Piroplasma canis and its life cycle in the tick - Number 29
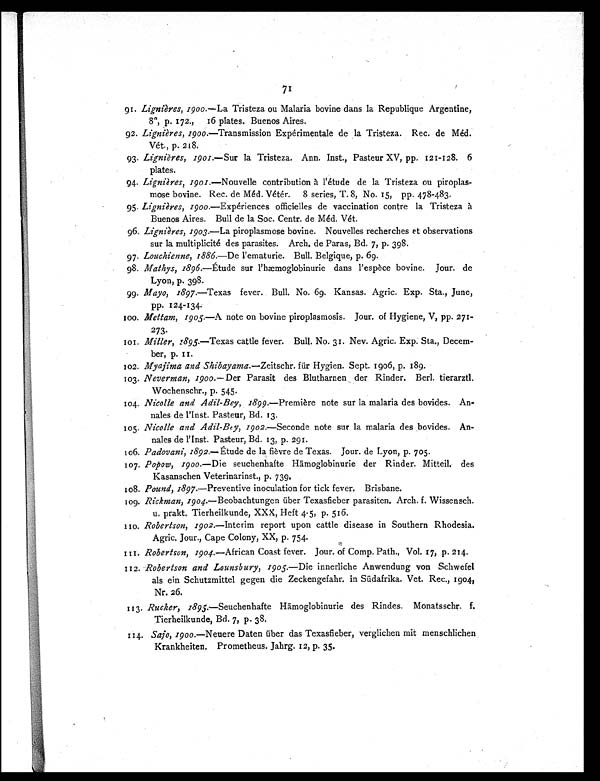
71
91. Lignières, 1900. —La Tristeza ou Malaria bovine dans la Republique Argentine,
8º, p. 172., 16 plates. Buenos Aires.
92. Lignières, 1900.—Transmission Expérimentale de la Tristeza. Rec. de Méd.
Vét., p. 218.
93. Lignières, 1901.—Sur la Tristeza. Ann Inst., Pasteur XV, pp. 121-128. 6
plates.
94. Lignières, 1901.—Nouvelle contribution à l'étude de la Tristeza ou piroplas-
mose bovine. Rec. de Méd. Vétér. 8 series, T. 8, No. 15, pp. 478-483.
95. Lignières, 1900.—Expériences officielles de vaccination contre la Tristeza
à Buenos Aires. Bull de la Soc. Centr. de Méd. Vét.
96. Lignières, 1903.—La piroplasmose bovine. Nouvelles recherches et observations
sur la multiplicité des parasites. Arch. de Paras, Bd. 7, p. 398.
97. Louchienne, 1886.—De l'ematurie. Bull. Belgique, p. 69.
98. Mathys, 1896.—Étude sur l'hæmoglobinurie dans l'espèce bovine. Jour. de
Lyon, p. 398.
99. Mayo, 1897.—Texas fever. Bull. No. 69. Kansas. Agric. Exp. Sta., June,
pp. 124-134.
100. Mettam, 1905.—A note on bovine piroplasmosis. Jour. of Hygiene, V, pp. 271-
273.
101. Miller, 1895.—Texas cattle fever. Bull. No. 31. Nev. Agric. Exp. Sta., Decem-
ber, p. 11.
102. Myajima and Shibayama.— Zeitschr. für Hygien. Sept. 1906, p. 189.
103. Neverman, 1900.—Der Parasit des Blutharnen der Rinder. Berl. tierarztl.
Wochenschr., p. 545.
104. Nicolle and Adil-Bey, 1899.—Première note sur la malaria des bovides. An-
nales de l'Inst. Pasteur, Bd. 13.
105. Nicolle and Adil-Bey, 1902.—Seconde note sur la malaria des bovides. An-
nales de l'Inst. Pasteur, Bd. 13, p. 291.
106. Padovani, 1892.—Étude de la fièvre de Texas. Jour. de Lyon, p. 705.
107. Popow, 1900.—Die seuchenhafte Hämoglobinurie der Rinder. Mitteil. des
Kasanschen Veterinarinst., p. 739.
108. Pound, 1897.—Preventive inoculation for tick fever. Brisbane.
109. Rickman, 1904.—Beobachtungen über Texasfieber parasiten. Arch. f. Wissensch.
u. prakt. Tierheilkunde, XXX, Heft 4-5, p. 516.
110. Robertson, 1902.—Interim report upon cattle disease in Southern Rhodesia.
Agric. Jour., Cape Colony, XX, p. 754.
111. Robertson, 1904.—African Coast fever. Jour. of Comp. Path., Vol. 17, p. 214.
112. Robertson and Lounsbury, 1905.—Die innerliche Anwendung von Schwefel
als ein Schutzmittel gegen die Zeckengefahr. in Südafrika. Vet. Rec., 1904,
Nr. 26.
113. Rucker, 1895.—Seuchenhafte Hämoglobinurie des Rindes. Monatsschr. f.
Tierheilkunde, Bd. 7, p. 38.
114. Sajo, 1 900.—Neuere Daten über das Texasfieber, verglichen mit menschlichen
Krankheiten. Prometheus. Jahrg. 12, p. 35.